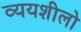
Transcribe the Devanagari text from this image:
व्ययशीलो